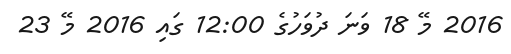
2016 މޭ 18 ވަނަ ދުވަހުގެ 12:00 ގައި 2016 މޭ 23